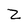
Character: Z